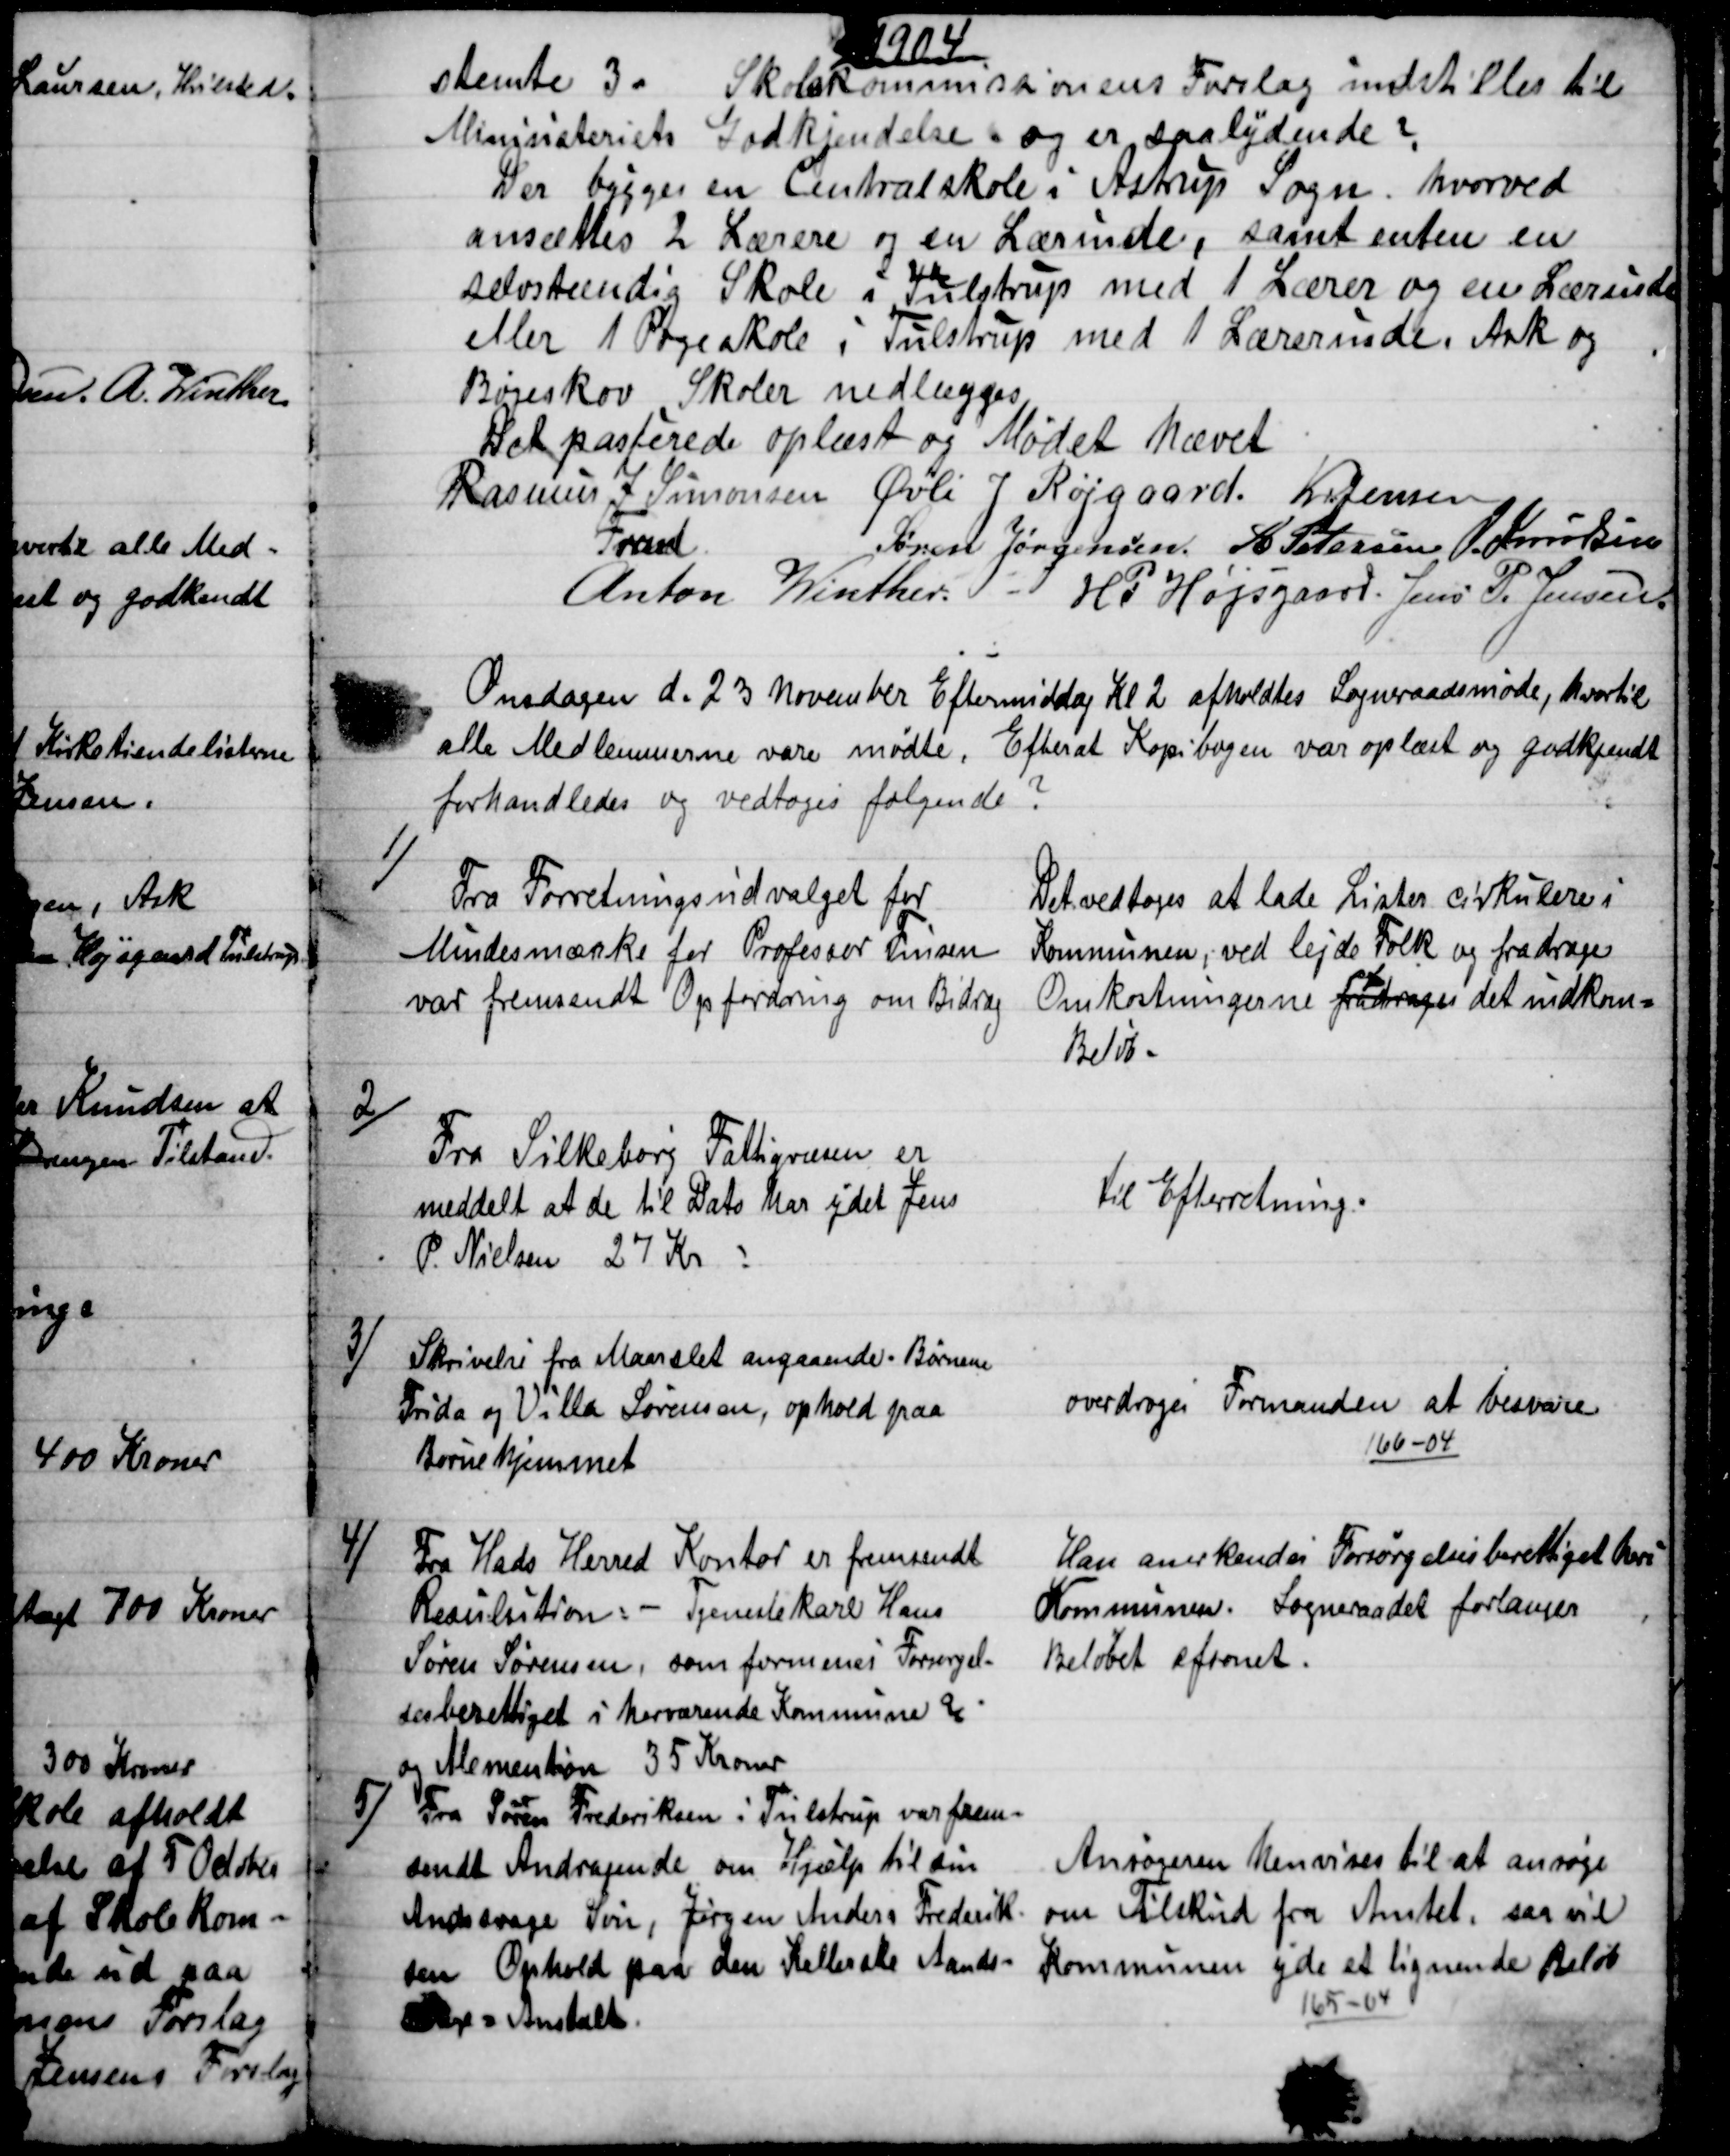
Transskription:
1904
stemte 3. Skolekommissionens Forslag indstilles til
Mininisteriets Godkjendelse - og er saalydende ?
Der bygges en Centralskole i Astrup Sogn, hvorved
ansættes 2 Lærere og en Lærinde, samt enten en
selvstændig Skole i Tulstrup med 1 Lærer og en Lærinde
eller 1 Pogeskole i Tulstrup med 1 Lærerinde, Ask og
Bøgeskov Skoler nedlægges
Det passerede oplæst og Mødet hævet
Rasmus J Simonsen 
Frmd 
Øvli J Røjgaard. Kr Jensen
Søren Jørgensen A Petersen J Knudsen
Anton Winther
H P Højsgaard. Jens P Jensen.
Onsdagen d. 23 November Eftermiddag Kl. 2 afholdtes Sogneraadsmøde, hvortil
alle Medlemmerne vare mødte. Efterat Kopibogen var oplæst og godkjendt
forhandledes og vedtoges følgende ?
1)
Fra Forretningsudvalget for
Mindesmærke for Professor Finsen
var fremsendt Opfordring om Bidrag
Det vedtoges at lade Lister cirkulere i
Kommunen, ved lejde Folk og fradrage
Omkostningerne fradrages 
af
det indkom=
Beløb.
2)
Fra Silkeborg Fattigvæsen er
meddelt at de til Dato har ydet Jens
P. Nielsen 27 Kr
til Efterretning.
3)
Skrivelse fra Maarslet angaaende Børnene
Frida og Villa Sørensen, ophold paa
Børnehjemmet
overdroges Formanden at besvare
166-04
4)
Fra Hads Herred Kontor er fremsendt
Resulution: - Tjenestekarl Hans
Søren Sørensen, som formenes Forsørgel-
sesberettiget i herværende Kommune 
og Alemention 35 Kroner
Han anerkendes Forsørgelsesberettiget heri
Kommunen. Sogneraadet forlanger
Beløbet afsonet.
5)
Fra Sørens Frederiksen i Tulstrup var frem-
sendt Andragende om Hjælp til sin
Andssvage Søn, Jørgen Anders Frederik-
sen Ophold paa den Kellerske Aands -
svage = Anstalt.
Ansøgeren henvises til at ansøge
om Tilskud fra Amtet, saa vil
Kommunen yde et lignende Beløb
165-04